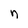
Character: n